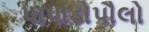
પાપાડોપૌલો